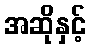
အဆိုနှင့်